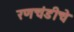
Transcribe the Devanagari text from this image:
रणचंडीचे